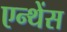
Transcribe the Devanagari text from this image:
एन्थेंस